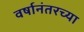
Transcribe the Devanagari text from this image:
वर्षानंतरच्या